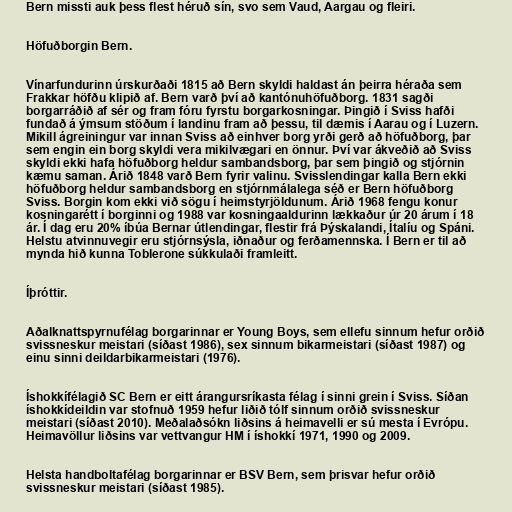
Bern missti auk þess flest héruð sín, svo sem Vaud, Aargau og fleiri.

Höfuðborgin Bern.

Vínarfundurinn úrskurðaði 1815 að Bern skyldi haldast án þeirra héraða sem
Frakkar höfðu klipið af. Bern varð því að kantónuhöfuðborg. 1831 sagði
borgarráðið af sér og fram fóru fyrstu borgarkosningar. Þingið í Sviss hafði
fundað á ýmsum stöðum í landinu fram að þessu, til dæmis í Aarau og í Luzern.
Mikill ágreiningur var innan Sviss að einhver borg yrði gerð að höfuðborg, þar
sem engin ein borg skyldi vera mikilvægari en önnur. Því var ákveðið að Sviss
skyldi ekki hafa höfuðborg heldur sambandsborg, þar sem þingið og stjórnin
kæmu saman. Árið 1848 varð Bern fyrir valinu. Svisslendingar kalla Bern ekki
höfuðborg heldur sambandsborg en stjórnmálalega séð er Bern höfuðborg
Sviss. Borgin kom ekki við sögu í heimstyrjöldunum. Árið 1968 fengu konur
kosningarétt í borginni og 1988 var kosningaaldurinn lækkaður úr 20 árum í 18
ár. Í dag eru 20% íbúa Bernar útlendingar, flestir frá Þýskalandi, Ítalíu og Spáni.
Helstu atvinnuvegir eru stjórnsýsla, iðnaður og ferðamennska. Í Bern er til að
mynda hið kunna Toblerone súkkulaði framleitt.

Íþróttir.

Aðalknattspyrnufélag borgarinnar er Young Boys, sem ellefu sinnum hefur orðið
svissneskur meistari (síðast 1986), sex sinnum bikarmeistari (síðast 1987) og
einu sinni deildarbikarmeistari (1976).

Íshokkífélagið SC Bern er eitt árangursríkasta félag í sinni grein í Sviss. Síðan
íshokkídeildin var stofnuð 1959 hefur liðið tólf sinnum orðið svissneskur
meistari (síðast 2010). Meðalaðsókn liðsins á heimavelli er sú mesta í Evrópu.
Heimavöllur liðsins var vettvangur HM í íshokkí 1971, 1990 og 2009.

Helsta handboltafélag borgarinnar er BSV Bern, sem þrisvar hefur orðið
svissneskur meistari (síðast 1985).